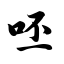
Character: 呸